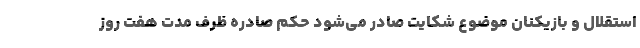
استقلال و بازیکنان موضوع شکایت صادر می‌شود حکم صادره ظرف مدت هفت روز